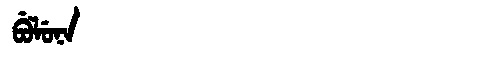
Manchu: ᠪᡠᠯᡠᠨᠠ
Romanization: BULUNA